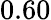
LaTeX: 0.60